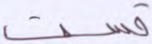
قست